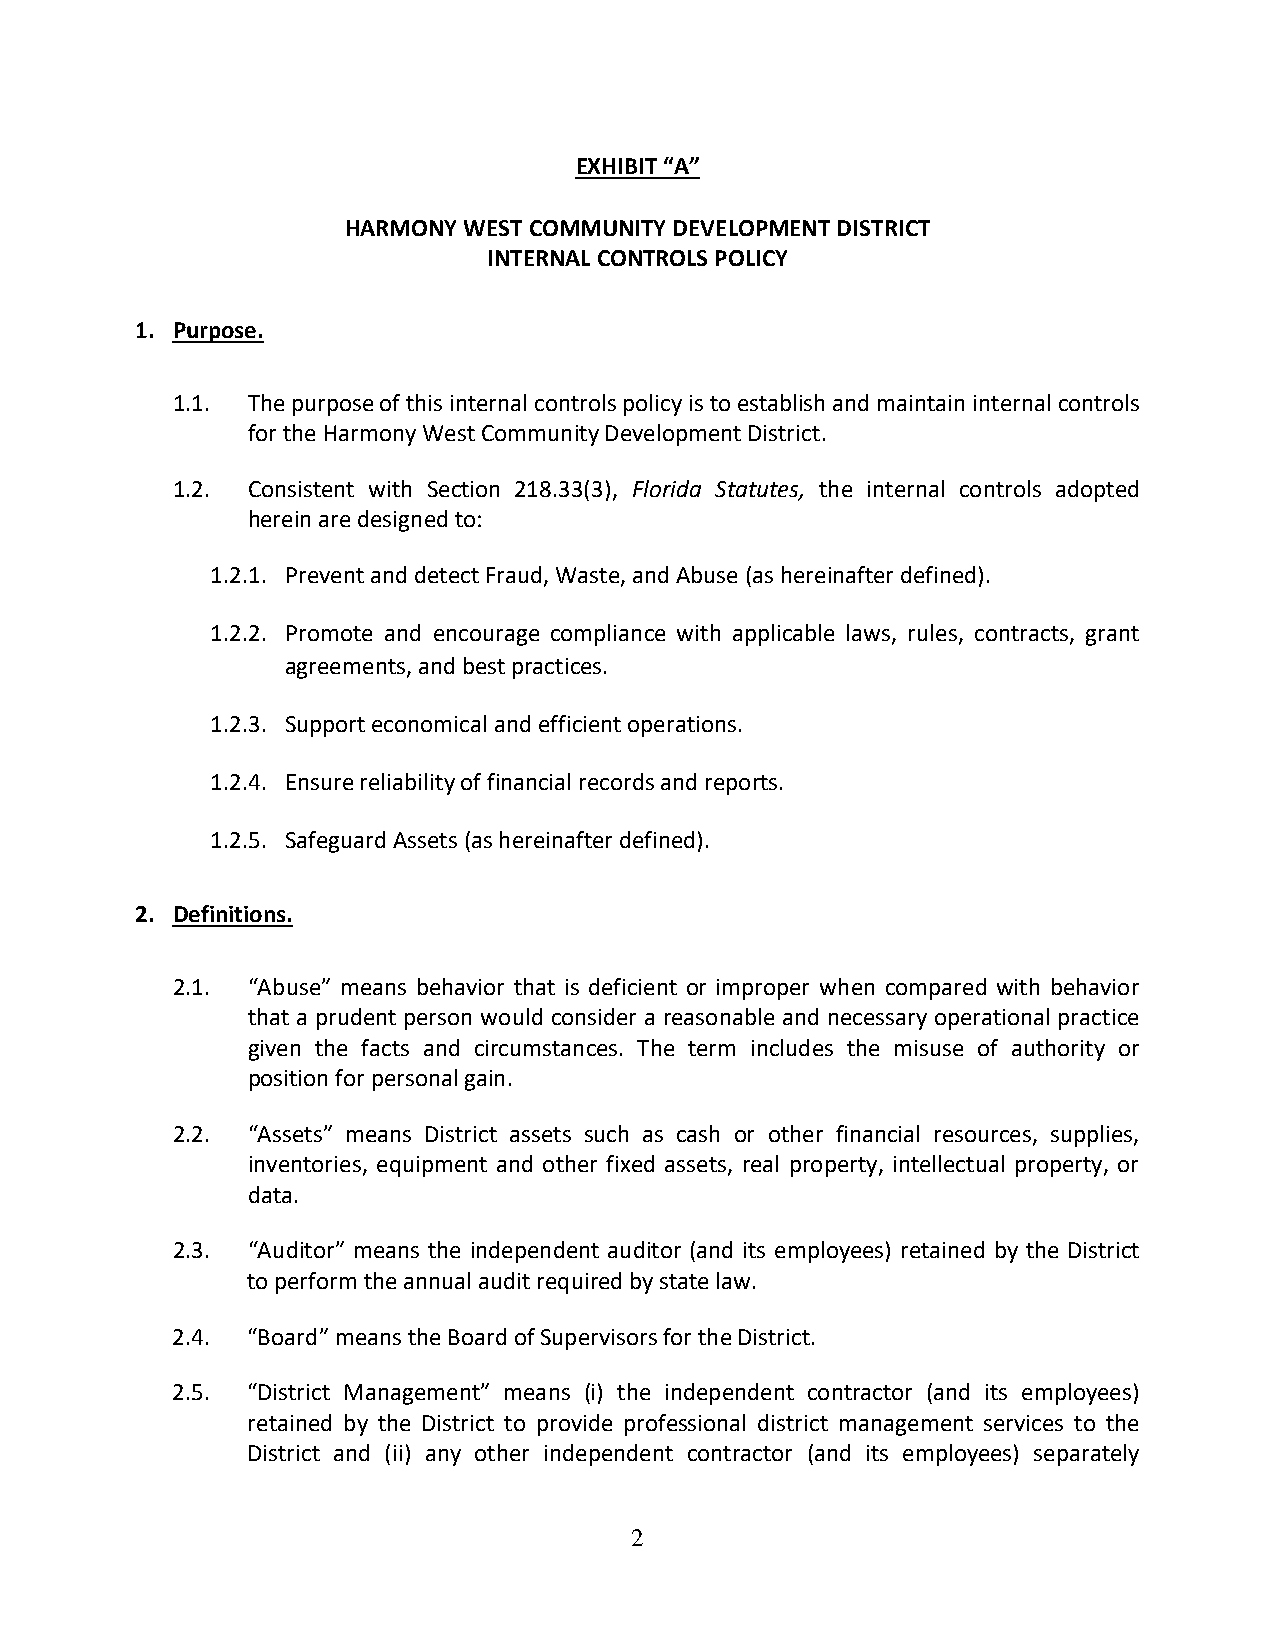
EXHIBIT “A”
 HARMONY WEST COMMUNITY DEVELOPMENT DISTRICT
 INTERNAL CONTROLS POLICY
 1. Purpose.
 1.1. The purpose of this internal controls policy is to establish and maintain internal controls
 for the Harmony West Community Development District.
 1.2. Consistent with Section 218.33(3), Florida Statutes, the internal controls adopted
 herein are designed to:
 1.2.1. Prevent and detect Fraud, Waste, and Abuse (as hereinafter defined).
 1.2.2. Promote and encourage compliance with applicable laws, rules, contracts, grant
 agreements, and best practices.
 1.2.3. Support economical and efficient operations.
 1.2.4. Ensure reliability of financial records and reports.
 1.2.5. Safeguard Assets (as hereinafter defined).
 2. Definitions.
 2.1. “Abuse” means behavior that is deficient or improper when compared with behavior
 that a prudent person would consider a reasonable and necessary operational practice
 given the facts and circumstances. The term includes the misuse of authority or
 position for personal gain.
 2.2. “Assets” means District assets such as cash or other financial resources, supplies,
 inventories, equipment and other fixed assets, real property, intellectual property, or
 data.
 2.3. “Auditor” means the independent auditor (and its employees) retained by the District
 to perform the annual audit required by state law.
 2.4. “Board” means the Board of Supervisors for the District.
 2.5. “District Management” means (i) the independent contractor (and its employees)
 retained by the District to provide professional district management services to the
 District and (ii) any other independent contractor (and its employees) separately
 2